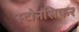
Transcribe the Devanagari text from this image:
स्टोनसिफर